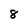
Character: 8